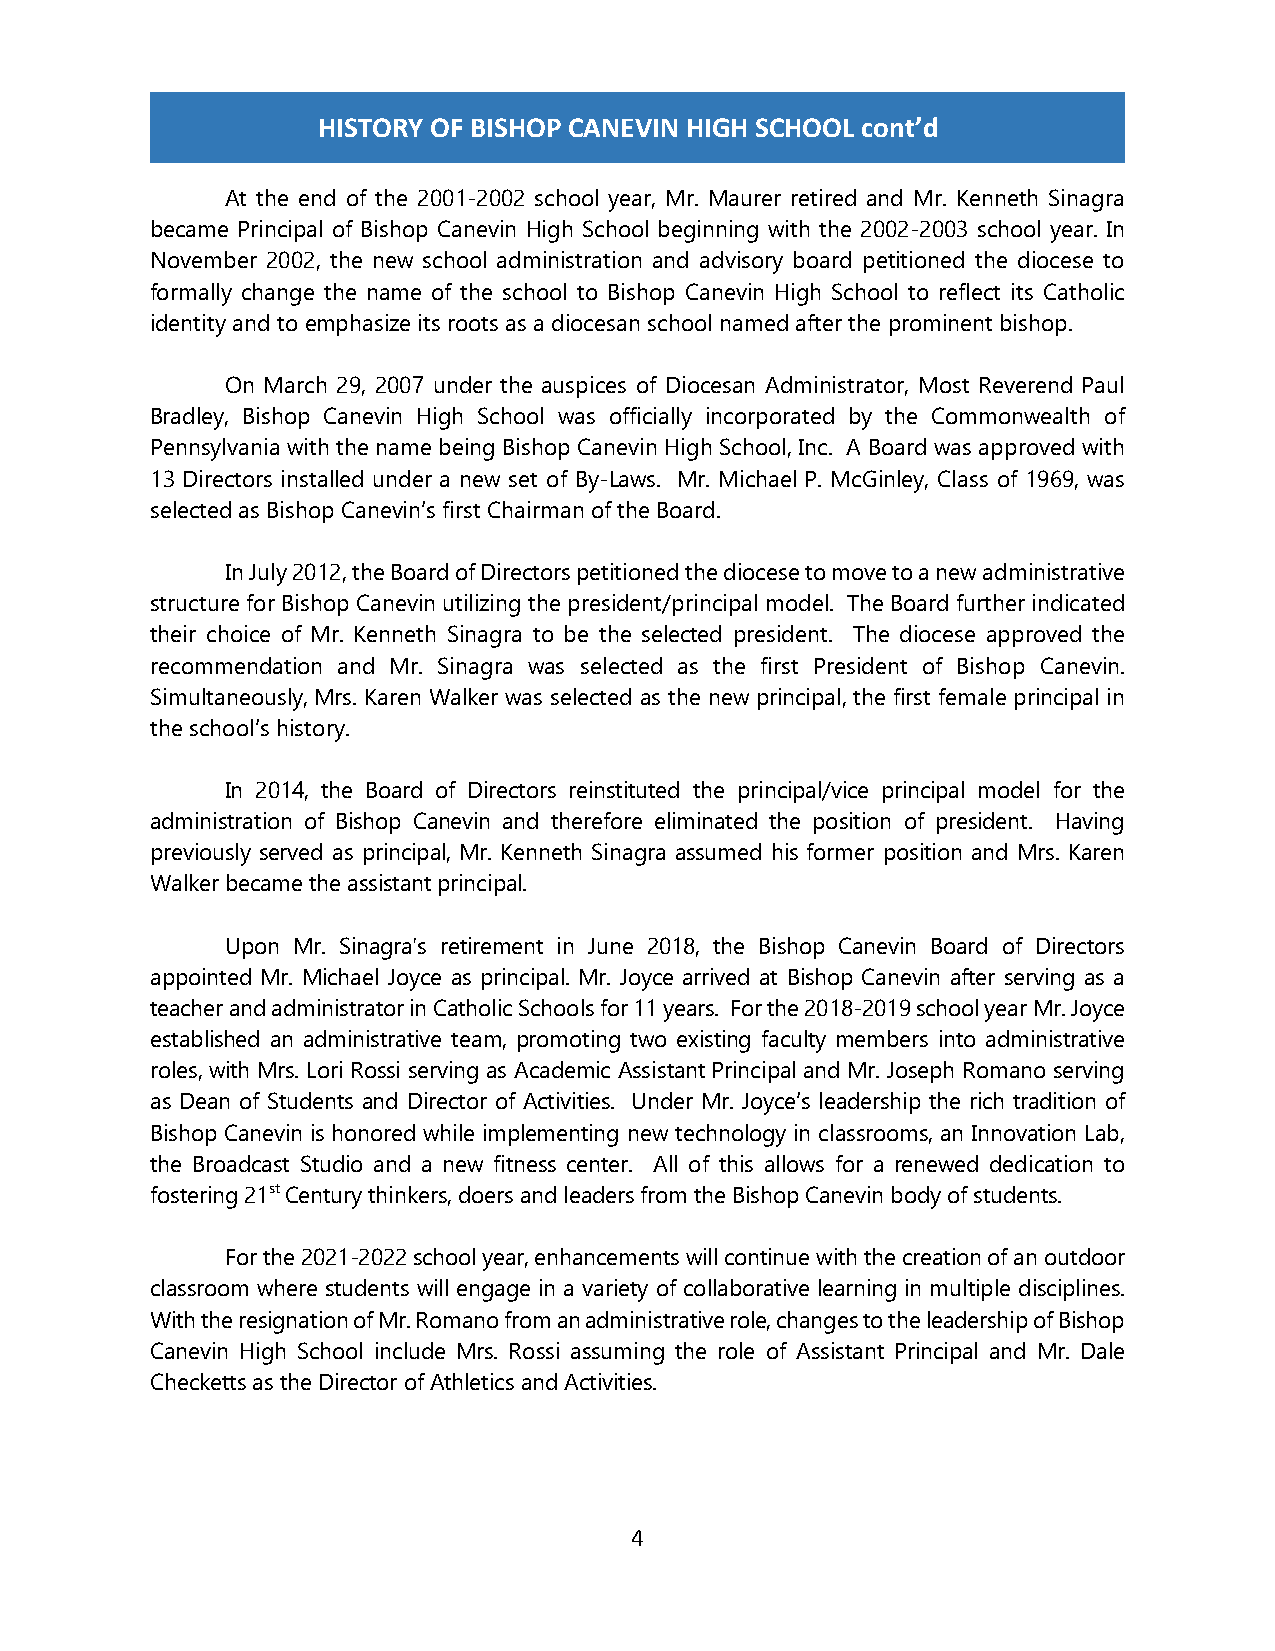
HISTORY OF BISHOP CANEVIN HIGH SCHOOL cont’d
 At the end of the 2001-2002 school year, Mr. Maurer retired and Mr. Kenneth Sinagra
 became Principal of Bishop Canevin High School beginning with the 2002-2003 school year. In
 November 2002, the new school administration and advisory board petitioned the diocese to
 formally change the name of the school to Bishop Canevin High School to reflect its Catholic
 identity and to emphasize its roots as a diocesan school named after the prominent bishop.
 On March 29, 2007 under the auspices of Diocesan Administrator, Most Reverend Paul
 Bradley, Bishop Canevin High School was officially incorporated by the Commonwealth of
 Pennsylvania with the name being Bishop Canevin High School, Inc. A Board was approved with
 13 Directors installed under a new set of By-Laws. Mr. Michael P. McGinley, Class of 1969, was
 selected as Bishop Canevin’s first Chairman of the Board.
 In July 2012, the Board of Directors petitioned the diocese to move to a new administrative
 structure for Bishop Canevin utilizing the president/principal model. The Board further indicated
 their choice of Mr. Kenneth Sinagra to be the selected president. The diocese approved the
 recommendation and Mr. Sinagra was selected as the first President of Bishop Canevin.
 Simultaneously, Mrs. Karen Walker was selected as the new principal, the first female principal in
 the school’s history.
 In 2014, the Board of Directors reinstituted the principal/vice principal model for the
 administration of Bishop Canevin and therefore eliminated the position of president. Having
 previously served as principal, Mr. Kenneth Sinagra assumed his former position and Mrs. Karen
 Walker became the assistant principal.
 Upon Mr. Sinagra's retirement in June 2018, the Bishop Canevin Board of Directors
 appointed Mr. Michael Joyce as principal. Mr. Joyce arrived at Bishop Canevin after serving as a
 teacher and administrator in Catholic Schools for 11 years. For the 2018-2019 school year Mr. Joyce
 established an administrative team, promoting two existing faculty members into administrative
 roles, with Mrs. Lori Rossi serving as Academic Assistant Principal and Mr. Joseph Romano serving
 as Dean of Students and Director of Activities. Under Mr. Joyce’s leadership the rich tradition of
 Bishop Canevin is honored while implementing new technology in classrooms, an Innovation Lab,
 the Broadcast Studio and a new fitness center. All of this allows for a renewed dedication to
 fostering 21st Century thinkers, doers and leaders from the Bishop Canevin body of students.
 For the 2021-2022 school year, enhancements will continue with the creation of an outdoor
 classroom where students will engage in a variety of collaborative learning in multiple disciplines.
 With the resignation of Mr. Romano from an administrative role, changes to the leadership of Bishop
 Canevin High School include Mrs. Rossi assuming the role of Assistant Principal and Mr. Dale
 Checketts as the Director of Athletics and Activities.
 4